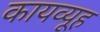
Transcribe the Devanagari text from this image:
कायव्यूह